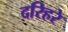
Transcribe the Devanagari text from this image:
दरिहरे